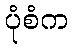
ပုံစံက